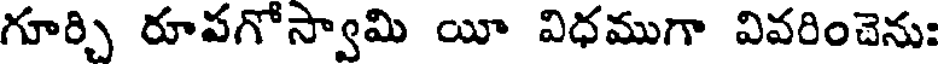
గూర్చి రూపగోస్వామి యీ విధముగా వివరించెను: